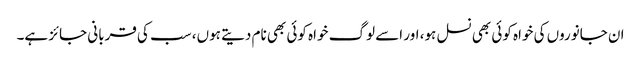
ان جانوروں کی خواہ کوئی بھی نسل ہو، اور اسے لوگ خواہ کوئی بھی نام دیتے ہوں، سب کی قربانی جائز ہے۔